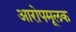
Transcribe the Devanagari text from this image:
आरोपमूलक